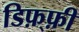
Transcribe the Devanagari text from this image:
डिफ़्फ़ी